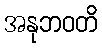
အနုဘဝတိ